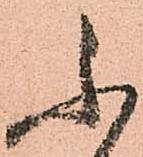
不